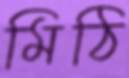
মিঠি